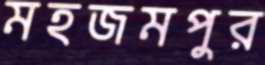
মহজমপুর